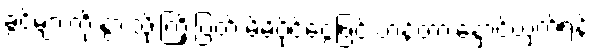
ခွင့်များကို နွားသိုးကြိုးပြတ် မိမိပိုင်ငွေဖြင့် ဟန့်တားနှောင့်ယှက်ရန်